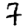
Digit: 7